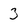
Character: 3